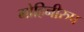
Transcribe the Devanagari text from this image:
मोहिनीरुप